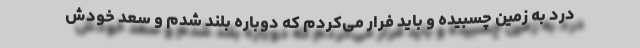
درد به زمین چسبیده و باید فرار می‌کردم که دوباره بلند شدم و سعد خودش